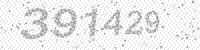
Solution: 391429